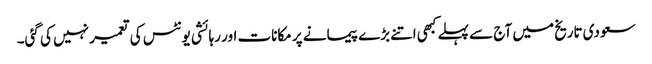
سعودی تاریخ میں آج سے پہلے کبھی اتنے بڑے پیمانے پر مکانات اور رہائشی یونٹس کی تعمیر نہیں کی گئی۔